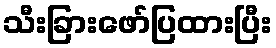
သီးခြားဖော်ပြထားပြီး